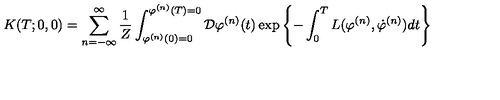
K ( T ; 0 , 0 ) = \sum _ { n = - \infty } ^ { \infty } \frac { 1 } { Z } \int _ { \varphi ^ { ( n ) } ( 0 ) = 0 } ^ { \varphi ^ { ( n ) } ( T ) = 0 } { \cal D } \varphi ^ { ( n ) } ( t ) \exp \left\{ - \int _ { 0 } ^ { T } L ( \varphi ^ { ( n ) } , \dot { \varphi } ^ { ( n ) } ) d t \right\}